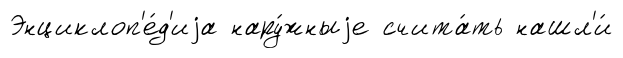
Энциклоп'е́д'иjа нару́жныjе счита́ть нашл'и́